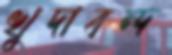
খুদাবন্দ